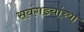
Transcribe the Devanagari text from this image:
सवंगडयांच्या